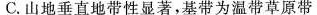
C.山地垂直地带性显著，基带为温带草原带